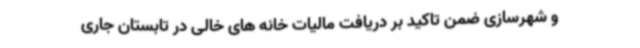
و شهرسازی ضمن تاکید بر دریافت مالیات خانه های خالی در تابستان جاری